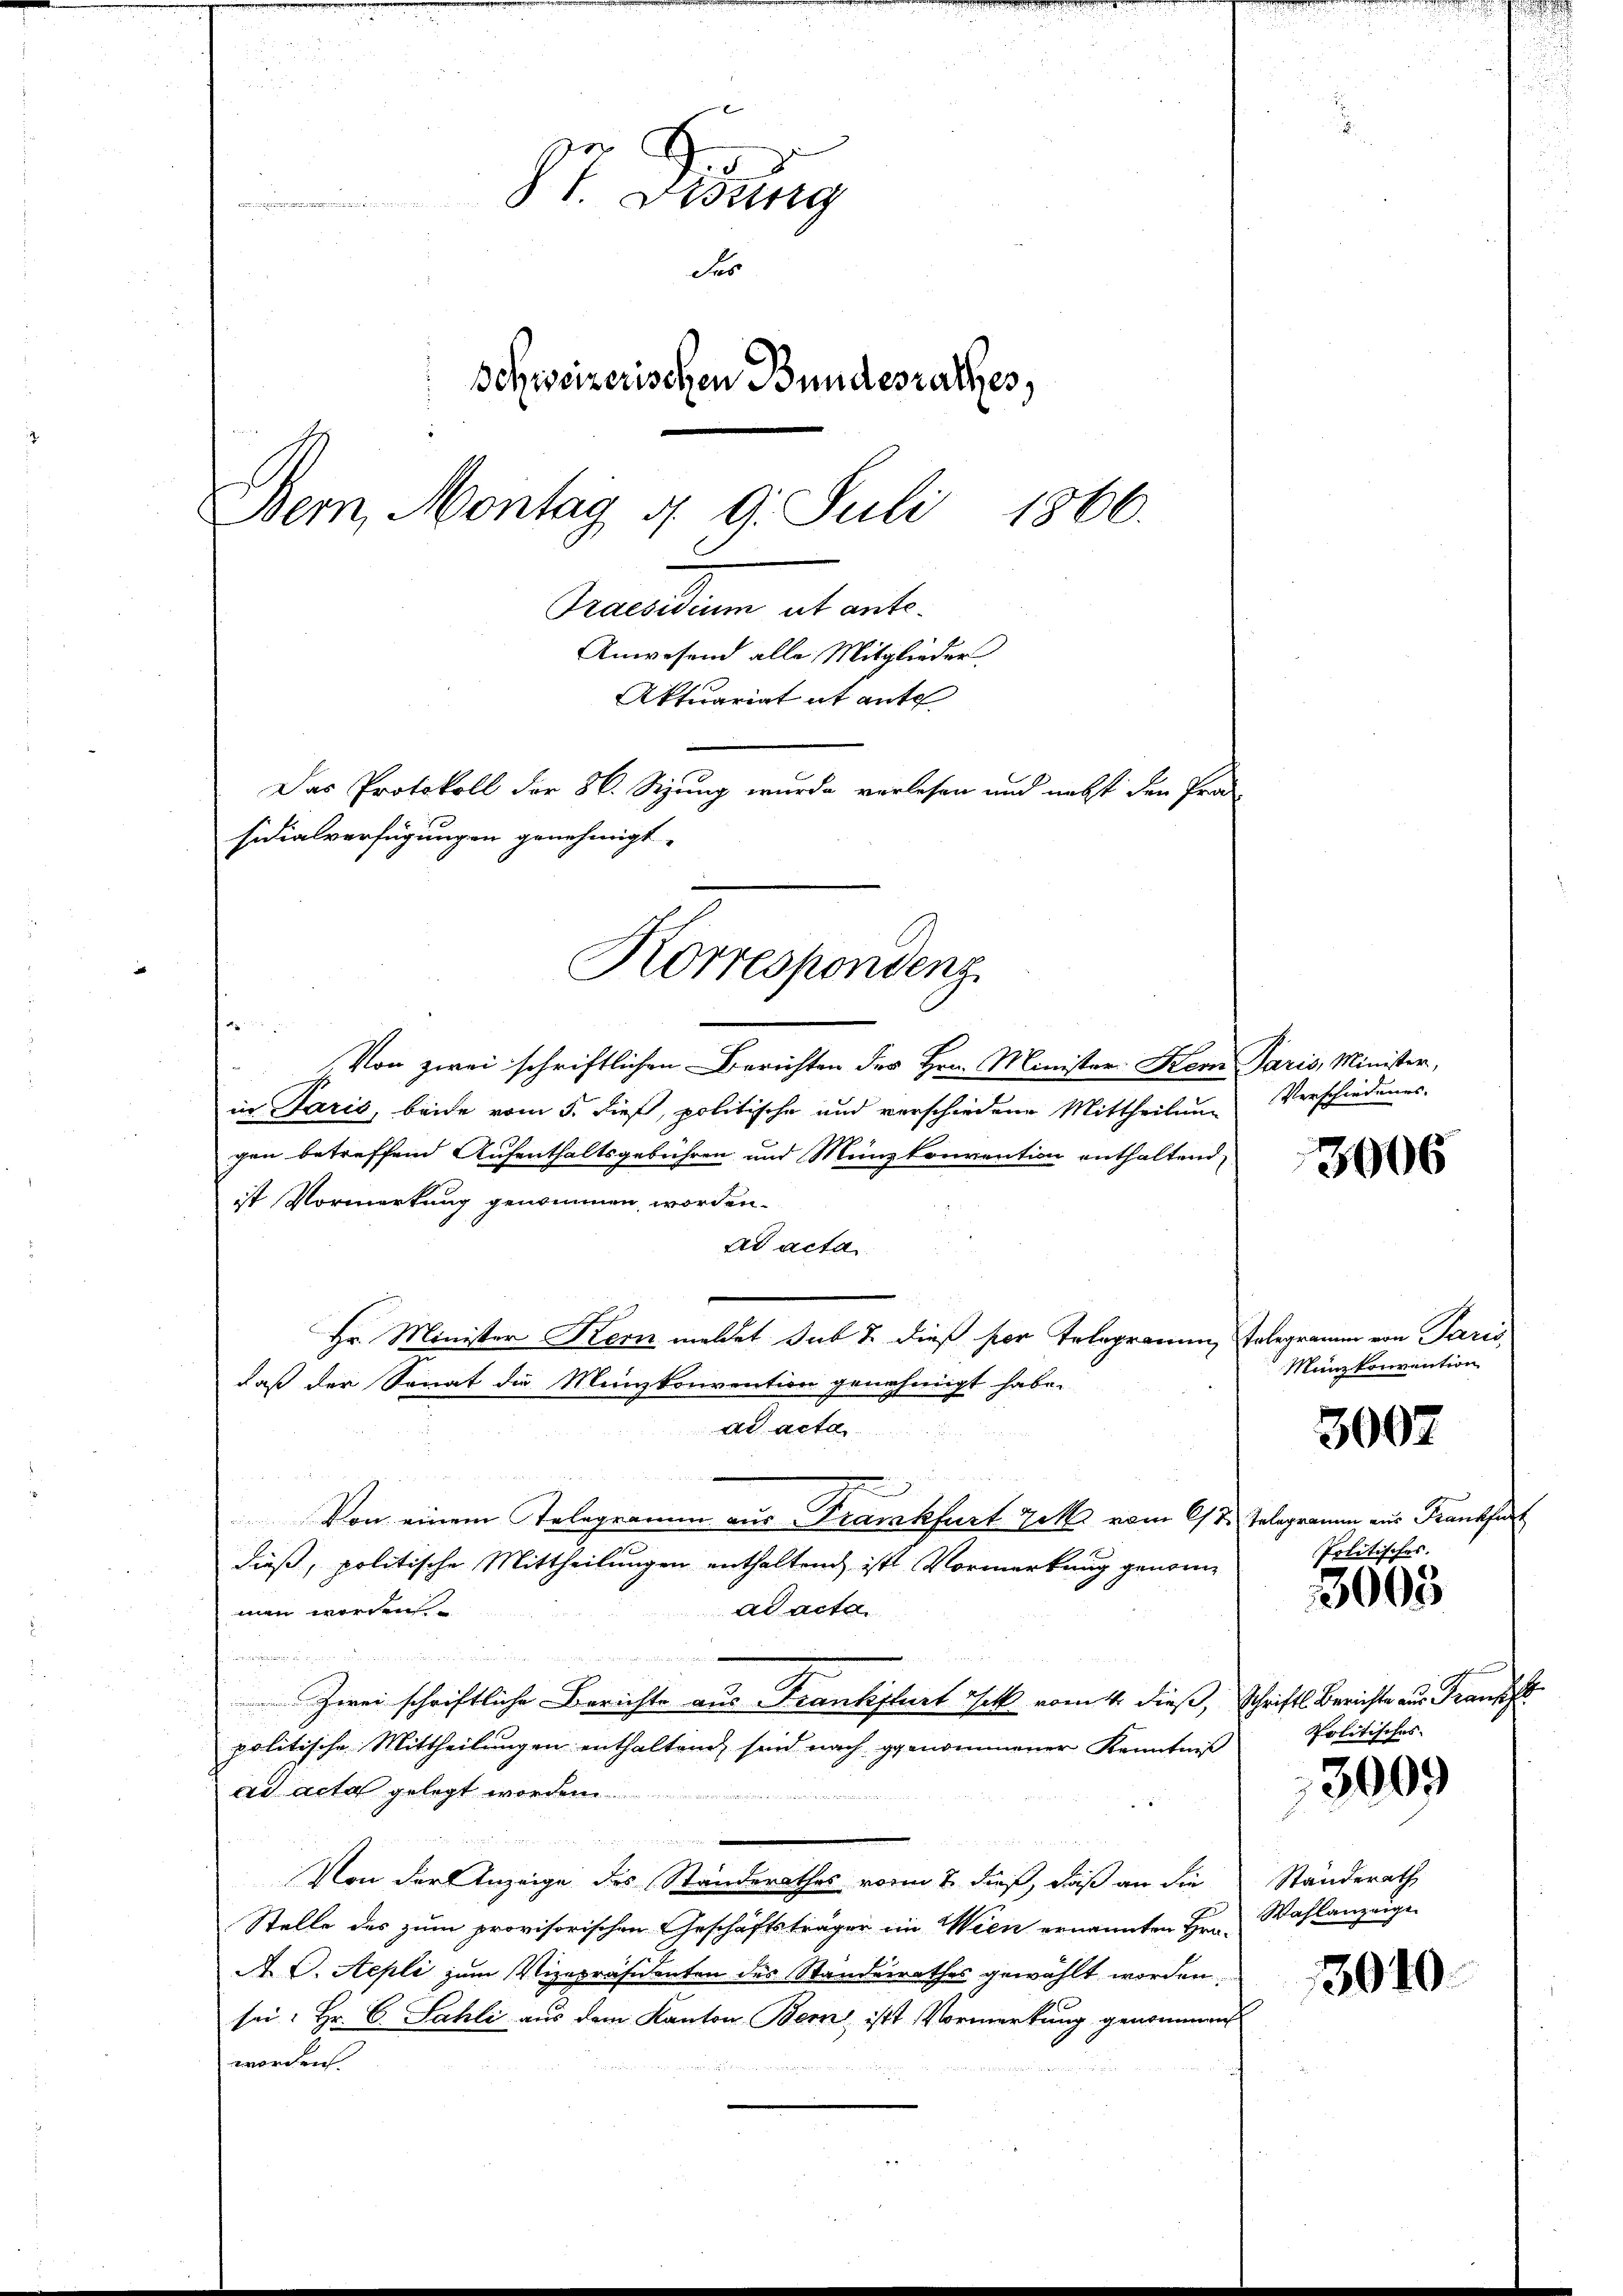
87. Dedung
m
des
Behweizerischen Bundesrathes,
Bern, Montag d. 9. Juli
1866.
Praesidium alt ant¬
Anwesend alle Mitglieder
Aktuariat it ante
Das Protokoll der 86. Sitzung wurde verlesen und nebst den Pra
sidialverfügungen genehmigt.

Von zwei schriftlichen Berichten der Hrn. Minister Kern Paris, Minister,
in Paris, beide vom 5. dieß, politische und verschiedene Mittheilung
gen betreffend Aufenthaltsgebühren und Münzkonvention enthaltend,
ist Vormerkung genommen worden.
ad acta
Hr. Minister Kern meldet sub 2. dieß her Telegramm, Polegramm von Paris,
daß der Sonat die Münzkonvention genehmigt habe.
ad acta.
e
Von einem Telegramm aus Trankfurt Tek vom 6/7. Telegramm aus Frankfur
dieß, politische Mittheilungen enthaltend ist Vormerkung genomad acta
men worden.
s
Zwei schriftliche Berichte aus Frankflert sit vom 4. dieß, Schrifts Berichte aus Franz
politische Mittheilungen enthaltend, sind nach genommener Kenntniß
ad acta gelegt worden
2 en
Von der Anzeige des Standerathes vom 7. dieß, daß an die
Stelle des zum provisorischen Geschäftsträger im Wien ernannten Hrn. Wahlanzeige
A. C. Stepli zum Vizepräsidenten des Standesrathes gewählt worden,
sei: Hr. C. Sahli aus dem Kanton Bern ist Vormerkung genommen
worden.

Korrespondenz

Verschiedungs-

3006

Münzkonvention

3007

Politisches.

3003

Politisches.
Standerath

3009

3040

E